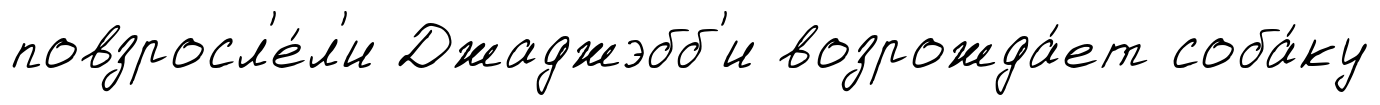
повзросл'е́л'и Джаджэбб'и возрожда́ет соба́ку